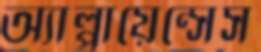
অ্যাপ্লায়েন্সেস